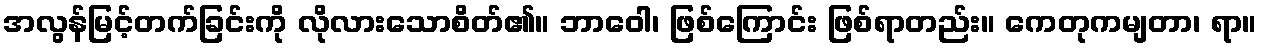
အလွန်မြင့်တက်ခြင်းကို လိုလားသောစိတ်၏။ ဘာဝေါ၊ ဖြစ်ကြောင်း ဖြစ်ရာတည်း။ ကေတုကမျတာ၊ ရာ။